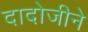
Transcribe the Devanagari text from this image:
दादोजीने